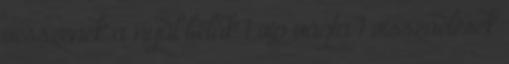
vesszenek a nyúl bélák 1 vip vágta 1 visszaélések